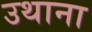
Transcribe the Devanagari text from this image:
उथाना